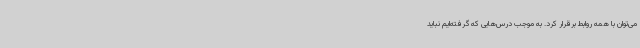
می‌توان با همه روابط برقرار کرد. به موجب درس‌هایی که گرفته‌ایم نباید